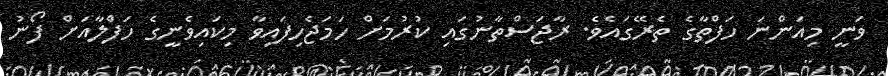
ވަނީ މިއަންނަ ހަފްތާގެ ތެރޭގައެވެ. ރާޖަސްތާނުގައި ކުރުމަށް ހަމަޖެހިފައިވާ މިކައިވެނީގެ ހަފްލާއަށް ފޯނު